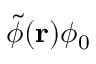
\tilde { \phi } ( \mathbf { r } ) \phi _ { 0 }